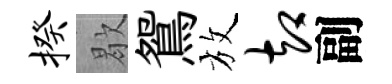
揆歇鴛放却副